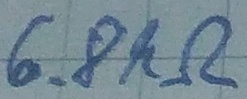
Text: 6.8kΩ